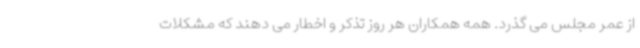
از عمر مجلس می گذرد. همه همکاران هر روز تذکر و اخطار می دهند که مشکلات